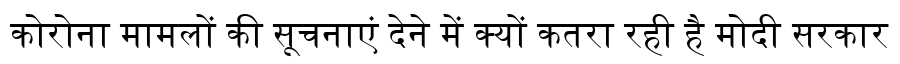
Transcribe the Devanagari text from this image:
कोरोना मामलों की सूचनाएं देने में क्यों कतरा रही है मोदी सरकार